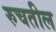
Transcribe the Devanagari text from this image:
रुचतील